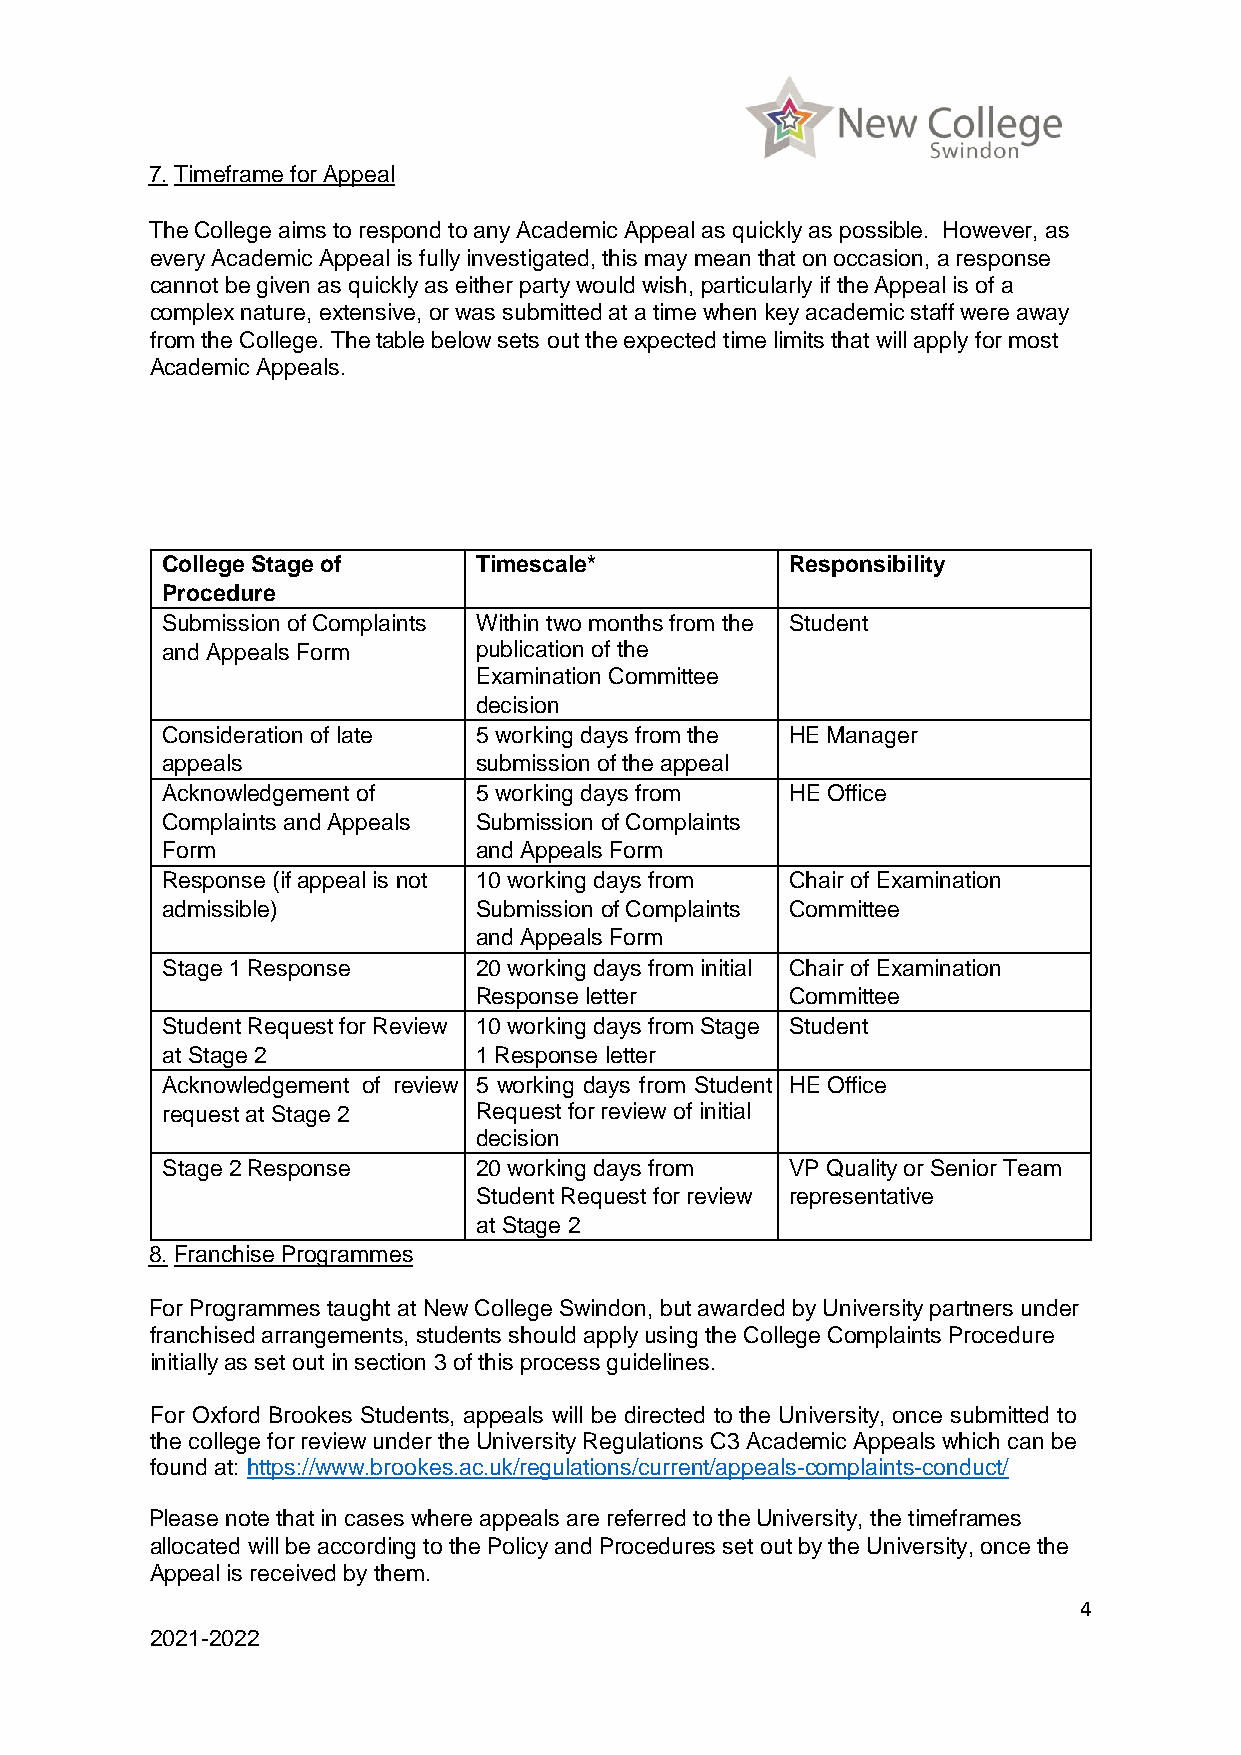
7. Timeframe for Appeal
 The College aims to respond to any Academic Appeal as quickly as possible. However, as
 every Academic Appeal is fully investigated, this may mean that on occasion, a response
 cannot be given as quickly as either party would wish, particularly if the Appeal is of a
 complex nature, extensive, or was submitted at a time when key academic staff were away
 from the College. The table below sets out the expected time limits that will apply for most
 Academic Appeals.
 College Stage of    Timescale*           Responsibility
 Procedure
 Submission of Complaints Within two months from the Student
 and Appeals Form    publication of the
 Examination Committee
 decision
 Consideration of late 5 working days from the HE Manager
 appeals             submission of the appeal
 Acknowledgement of  5 working days from  HE Office
 Complaints and Appeals Submission of Complaints
 Form                and Appeals Form
 Response (if appeal is not 10 working days from Chair of Examination
 admissible)         Submission of Complaints Committee
 and Appeals Form
 Stage 1 Response    20 working days from initial Chair of Examination
 Response letter      Committee
 Student Request for Review 10 working days from Stage Student
 at Stage 2          1 Response letter
 Acknowledgement of review 5 working days from Student HE Office
 request at Stage 2  Request for review of initial
 decision
 Stage 2 Response    20 working days from VP Quality or Senior Team
 Student Request for review representative
 at Stage 2
 8. Franchise Programmes
 For Programmes taught at New College Swindon, but awarded by University partners under
 franchised arrangements, students should apply using the College Complaints Procedure
 initially as set out in section 3 of this process guidelines.
 For Oxford Brookes Students, appeals will be directed to the University, once submitted to
 the college for review under the University Regulations C3 Academic Appeals which can be
 found at: https://www.brookes.ac.uk/regulations/current/appeals-complaints-conduct/
 Please note that in cases where appeals are referred to the University, the timeframes
 allocated will be according to the Policy and Procedures set out by the University, once the
 Appeal is received by them.
 4
 2021-2022